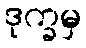
ဒုက္ခမှ